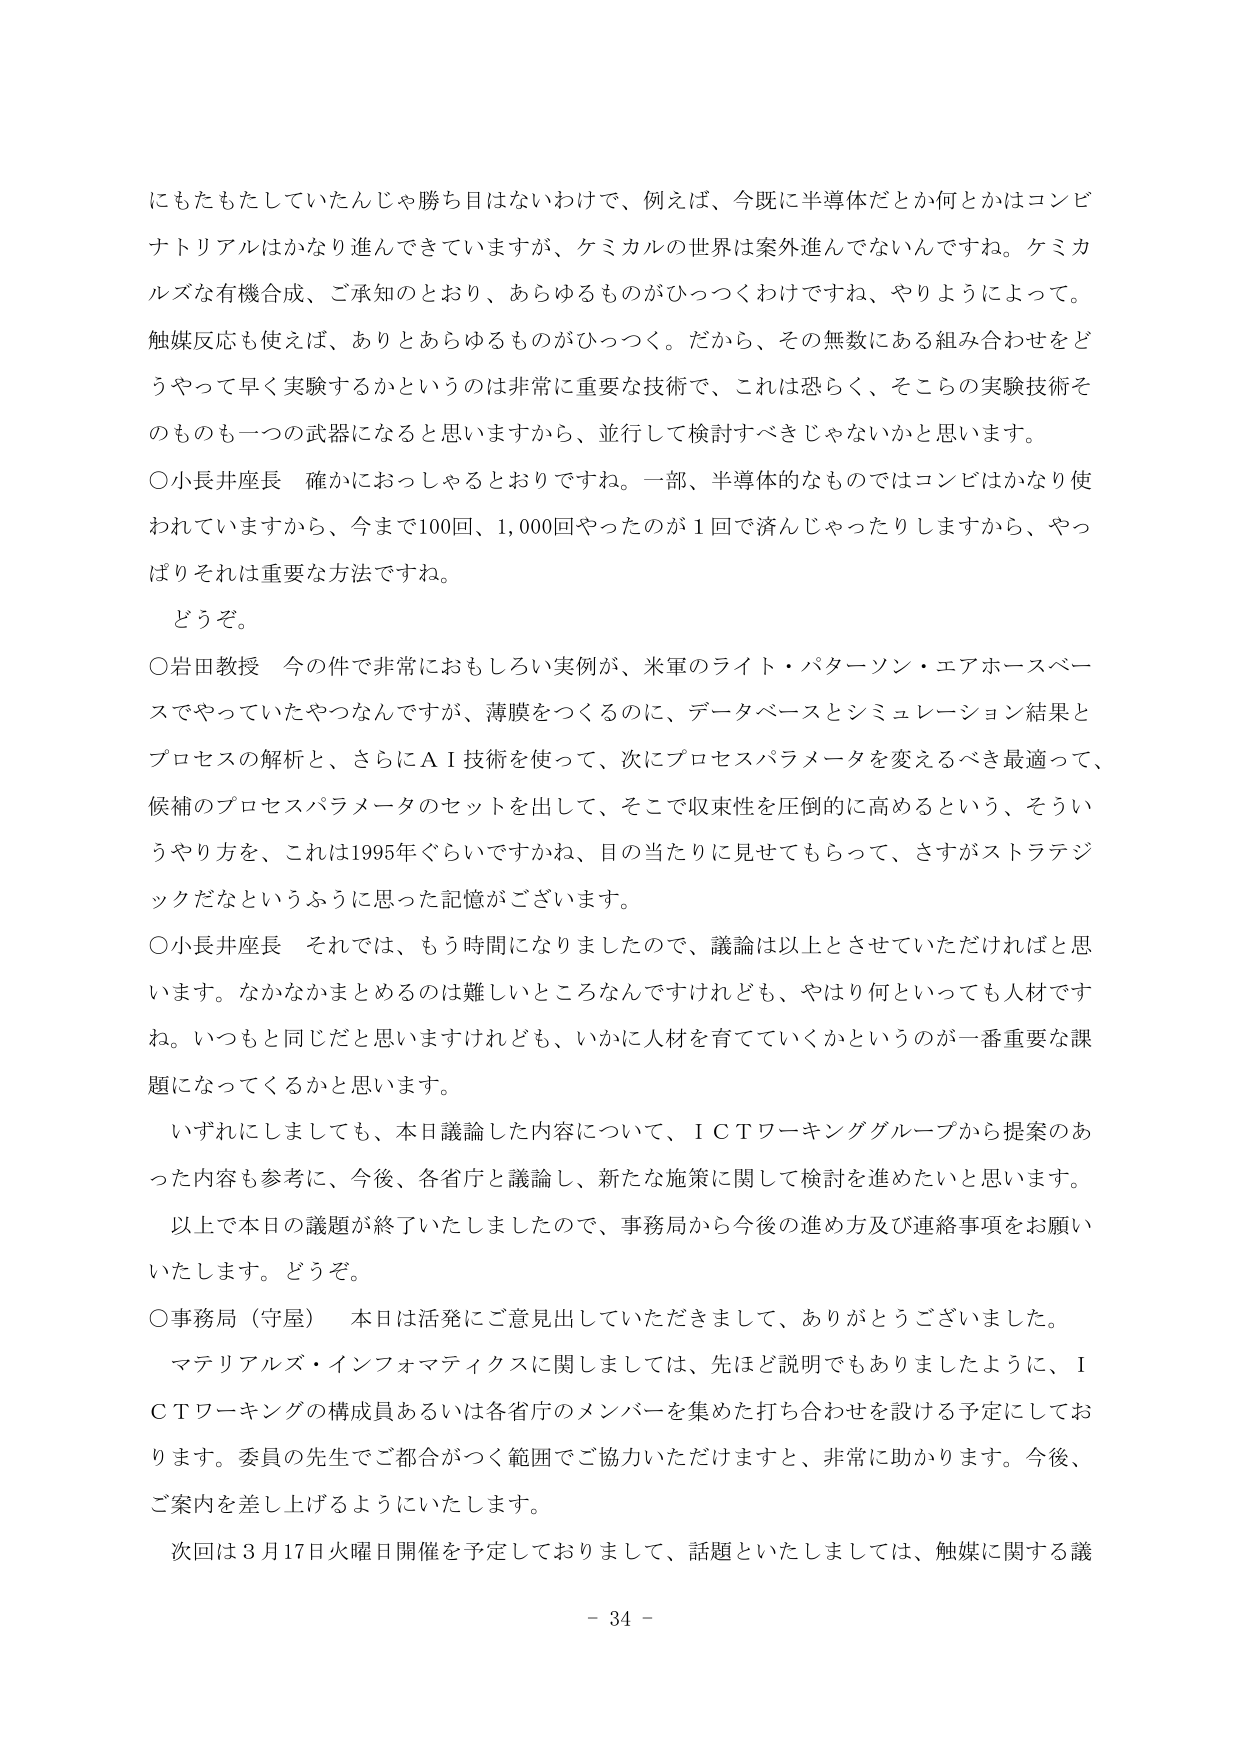
にもたもたしていたんじゃ勝ち目はないわけで、例えば、今既に半導体だとか何とかはコンビナトリアルはかなり進んできていますが、ケミカルの世界は案外進んでないんですね。ケミカルズな有機合成、ご承知のとおり、あらゆるものがひっつくわけですね、やりようによって。触媒反応も使えば、ありとあらゆるものがひっつく。だから、その無数にある組み合わせをどうやって早く実験するかというのは非常に重要な技術で、これは恐らく、そこらの実験技術そのものも一つの武器になると思いますから、並行して検討すべきじゃないかと思います。

○小長井座長 確かにおっしゃるとおりですね。一部、半導体的なものではコンビはかなり使われていますから、今まで100回、1,000回やったのが1回で済んじゃったりしますから、やっぱりそれは重要な方法ですね。

どうぞ。

○岩田教授 今の件で非常におもしろい実例が、米軍のライト・パターソン・エアホースベースでやっていたやつなんですが、薄膜をつくるのに、データベースとシミュレーション結果とプロセスの解析と、さらにＡＩ技術を使って、次にプロセスパラメータを変えるべき最適って、候補のプロセスパラメータのセットを出して、そこで収束性を圧倒的に高めるという、そういうやり方を、これは1995年ぐらいですかね、目の当たりに見せてもらって、さすがストラテジックだなというふうに思った記憶がございます。

○小長井座長 それでは、もう時間になりましたので、議論は以上とさせていただければと思います。なかなかまとめるのは難しいところなんですけれども、やはり何といっても人材ですね。いつもと同じだと思いますけれども、いかに人材を育てていくかというのが一番重要な課題になってくるかと思います。

いずれにしましても、本日議論した内容について、ＩＣＴワーキンググループから提案のあった内容も参考に、今後、各省庁と議論し、新たな施策に関して検討を進めたいと思います。

以上で本日の議題が終了いたしましたので、事務局から今後の進め方及び連絡事項をお願いいたします。どうぞ。

○事務局（守屋） 本日は活発にご意見出していただきまして、ありがとうございました。

マテリアルズ・インフォマティクスに関しましては、先ほど説明でもありましたように、ＩＣＴワーキングの構成員あるいは各省庁のメンバーを集めた打ち合わせを設ける予定にしております。委員の先生でご都合がつく範囲でご協力いただけますと、非常に助かります。今後、ご案内を差し上げるようにいたします。

次回は3月17日火曜日開催を予定しておりまして、話題といたしましては、触媒に関する議

- 34 -